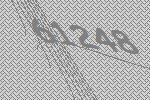
61248